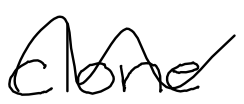
Text: clone
Cross-out: wave
Writing tool: digital_black